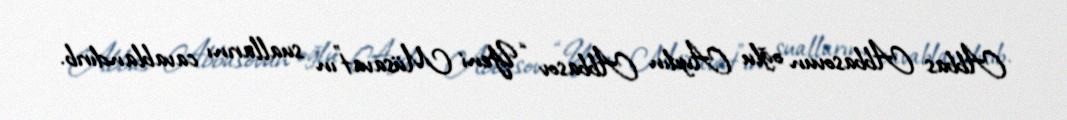
Abbas Abbasovun oğlu Aydın Abbasov “Yeni Müsavat”ın suallarını cavablandırıb.